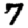
Digit: 7